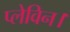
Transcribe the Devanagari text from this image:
प्लेविन।